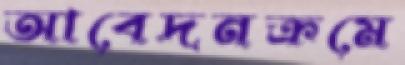
আবেদনক্রমে